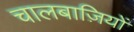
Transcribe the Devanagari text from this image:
चालबाज़ियों